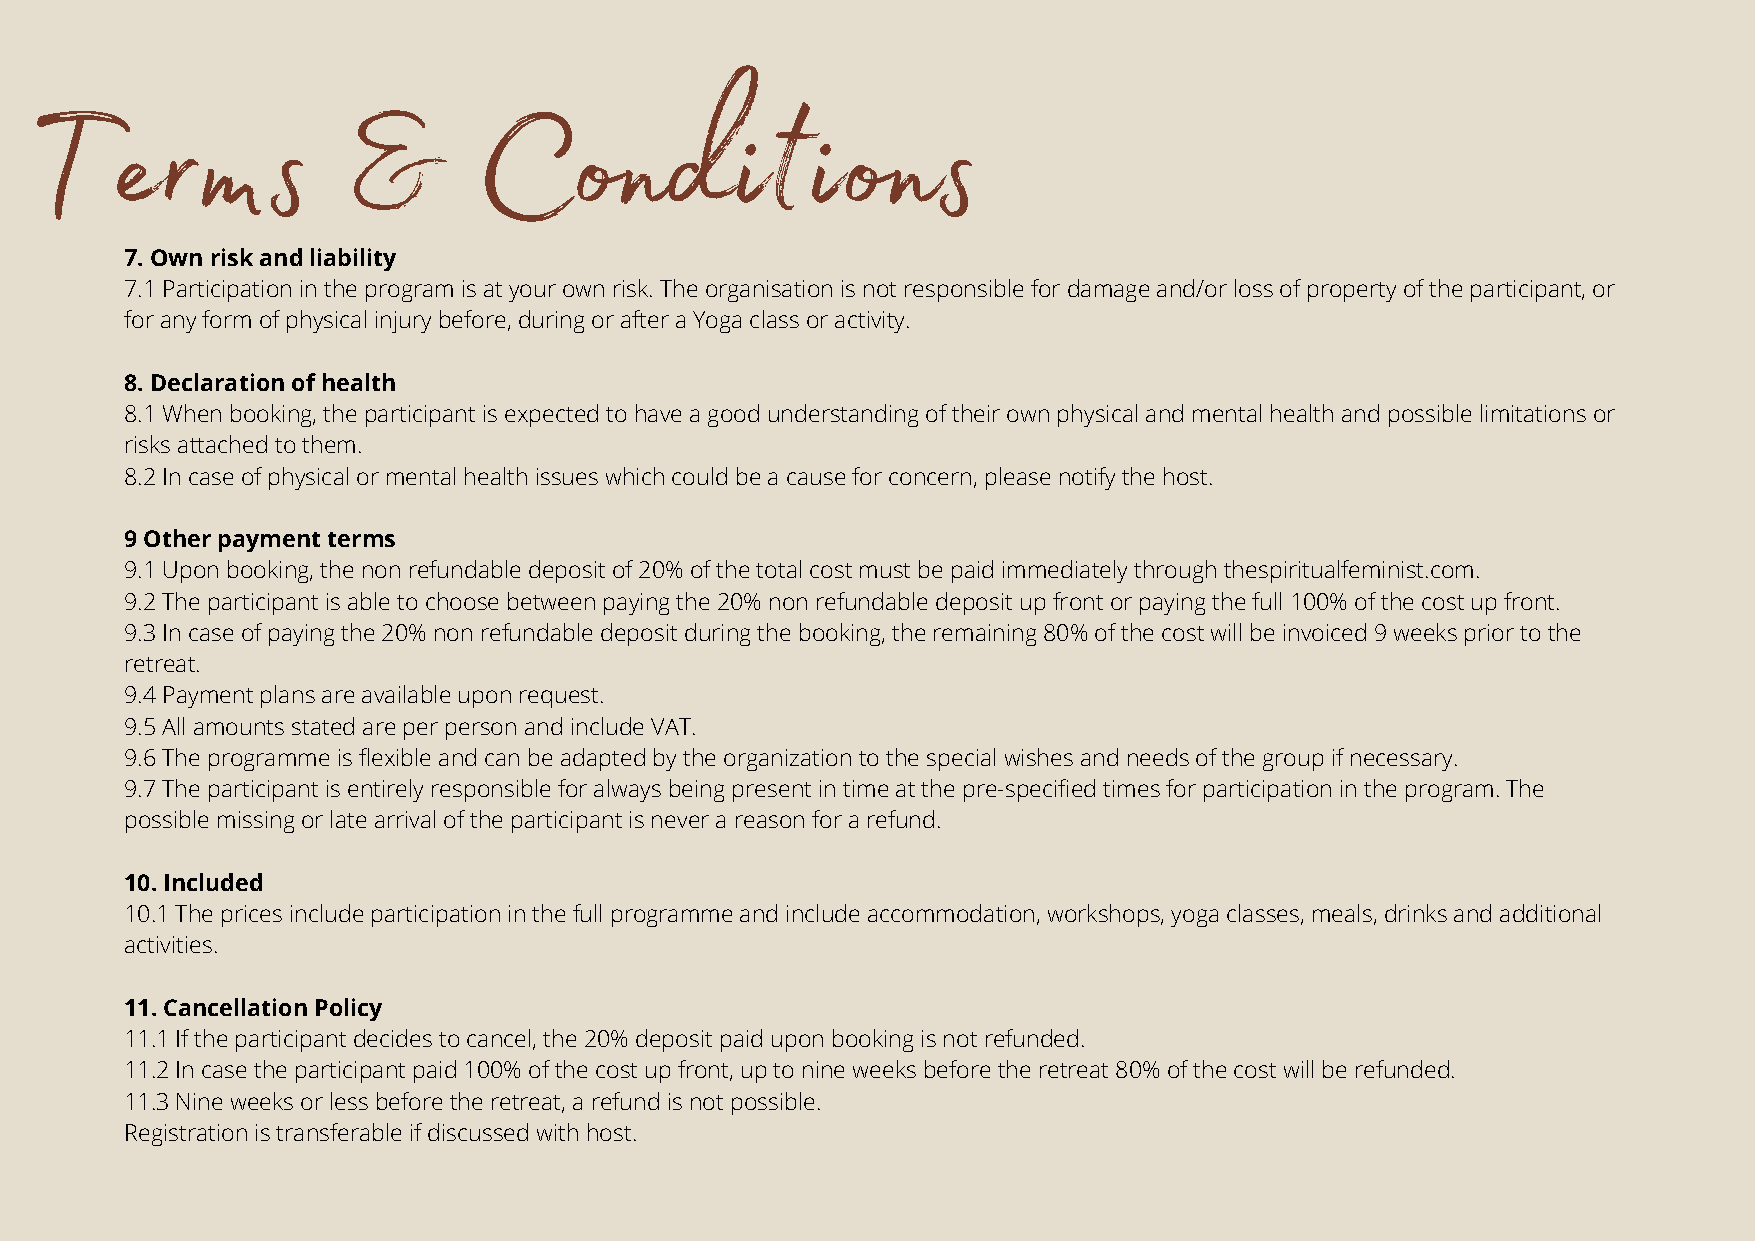
Terms                &       Conditions
 7. Own risk and liability
 7.1 Participation in the program is at your own risk. The organisation is not responsible for damage and/or loss of property of the participant, or
 for any form of physical injury before, during or after a Yoga class or activity.
 8. Declaration of health
 8.1 When booking, the participant is expected to have a good understanding of their own physical and mental health and possible limitations or
 risks attached to them.
 8.2 In case of physical or mental health issues which could be a cause for concern, please notify the host.
 9 Other payment terms
 9.1 Upon booking, the non refundable deposit of 20% of the total cost must be paid immediately through thespiritualfeminist.com.
 9.2 The participant is able to choose between paying the 20% non refundable deposit up front or paying the full 100% of the cost up front.
 9.3 In case of paying the 20% non refundable deposit during the booking, the remaining 80% of the cost will be invoiced 9 weeks prior to the
 retreat.
 9.4 Payment plans are available upon request.
 9.5 All amounts stated are per person and include VAT.
 9.6 The programme is flexible and can be adapted by the organization to the special wishes and needs of the group if necessary.
 9.7 The participant is entirely responsible for always being present in time at the pre-specified times for participation in the program. The
 possible missing or late arrival of the participant is never a reason for a refund.
 10. Included
 10.1 The prices include participation in the full programme and include accommodation, workshops, yoga classes, meals, drinks and additional
 activities.
 11. Cancellation Policy
 11.1 If the participant decides to cancel, the 20% deposit paid upon booking is not refunded.
 11.2 In case the participant paid 100% of the cost up front, up to nine weeks before the retreat 80% of the cost will be refunded.
 11.3 Nine weeks or less before the retreat, a refund is not possible.
 Registration is transferable if discussed with host.